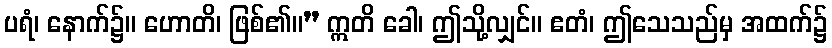
ပရံ၊ နောက်၌။ ဟောတိ၊ ဖြစ်၏။” ဣတိ ခေါ၊ ဤသို့လျှင်။ ဧတံ၊ ဤသေသည်မှ အထက်၌